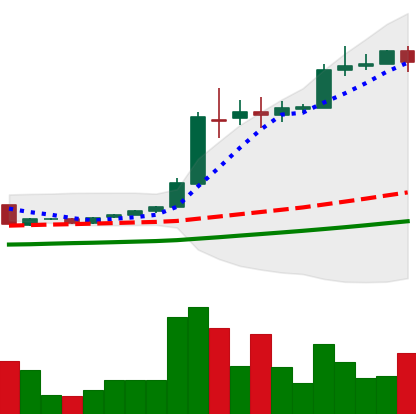
Ticker: BTC-USD
Chart end date: 2016-06-07
Forward return: 16.682%
Label: up_7plus